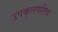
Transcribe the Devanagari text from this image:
उपकुलपतित्व